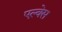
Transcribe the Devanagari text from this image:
एल्वेस